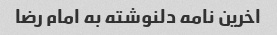
اخرین نامه دلنوشته به امام رضا